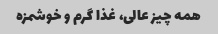
همه چیز عالی، غذا گرم و خوشمزه